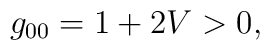
g_{00}  =    1  +  2V   >    0,